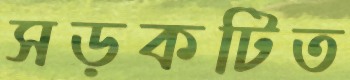
সড়কটিত